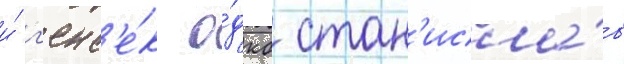
и́ г'енс'е́к о́дкб стан'исла́в